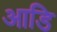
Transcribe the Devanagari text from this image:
आडि